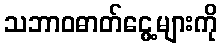
သဘာဝဓာတ်ငွေ့များကို